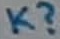
Text: K?